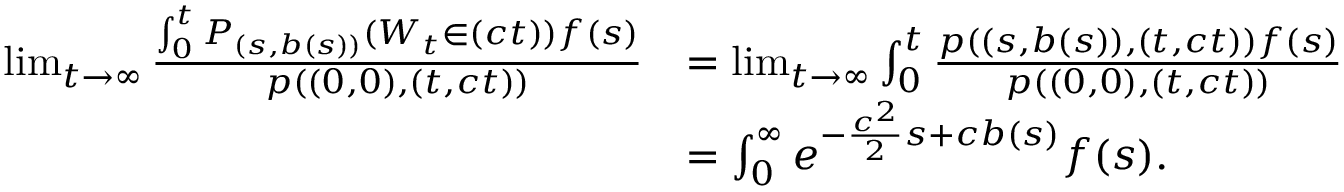
\begin{array} { r l } { \operatorname* { l i m } _ { t \to \infty } \frac { \int _ { 0 } ^ { t } P _ { ( s , b ( s ) ) } ( W _ { t } \in \d ( c t ) ) f ( s ) \d s } { p ( ( 0 , 0 ) , ( t , c t ) ) } } & { = \operatorname* { l i m } _ { t \to \infty } \int _ { 0 } ^ { t } \frac { p ( ( s , b ( s ) ) , ( t , c t ) ) f ( s ) } { p ( ( 0 , 0 ) , ( t , c t ) ) } \d s } \\ & { = \int _ { 0 } ^ { \infty } e ^ { - \frac { c ^ { 2 } } { 2 } s + c b ( s ) } f ( s ) \d s . } \end{array}